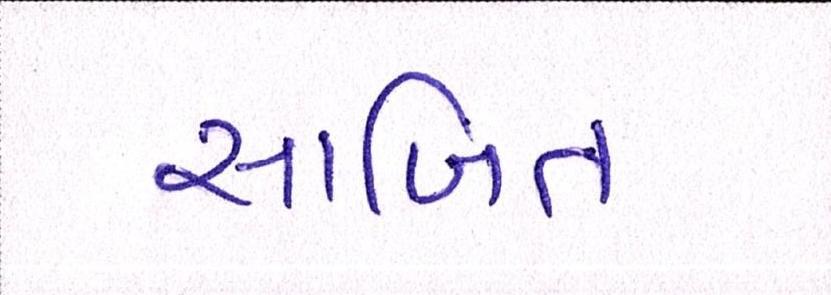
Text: સાબિત